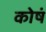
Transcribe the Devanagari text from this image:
कोषं